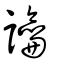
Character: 讑